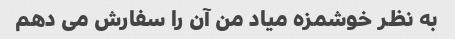
به نظر خوشمزه میاد من آن را سفارش می دهم